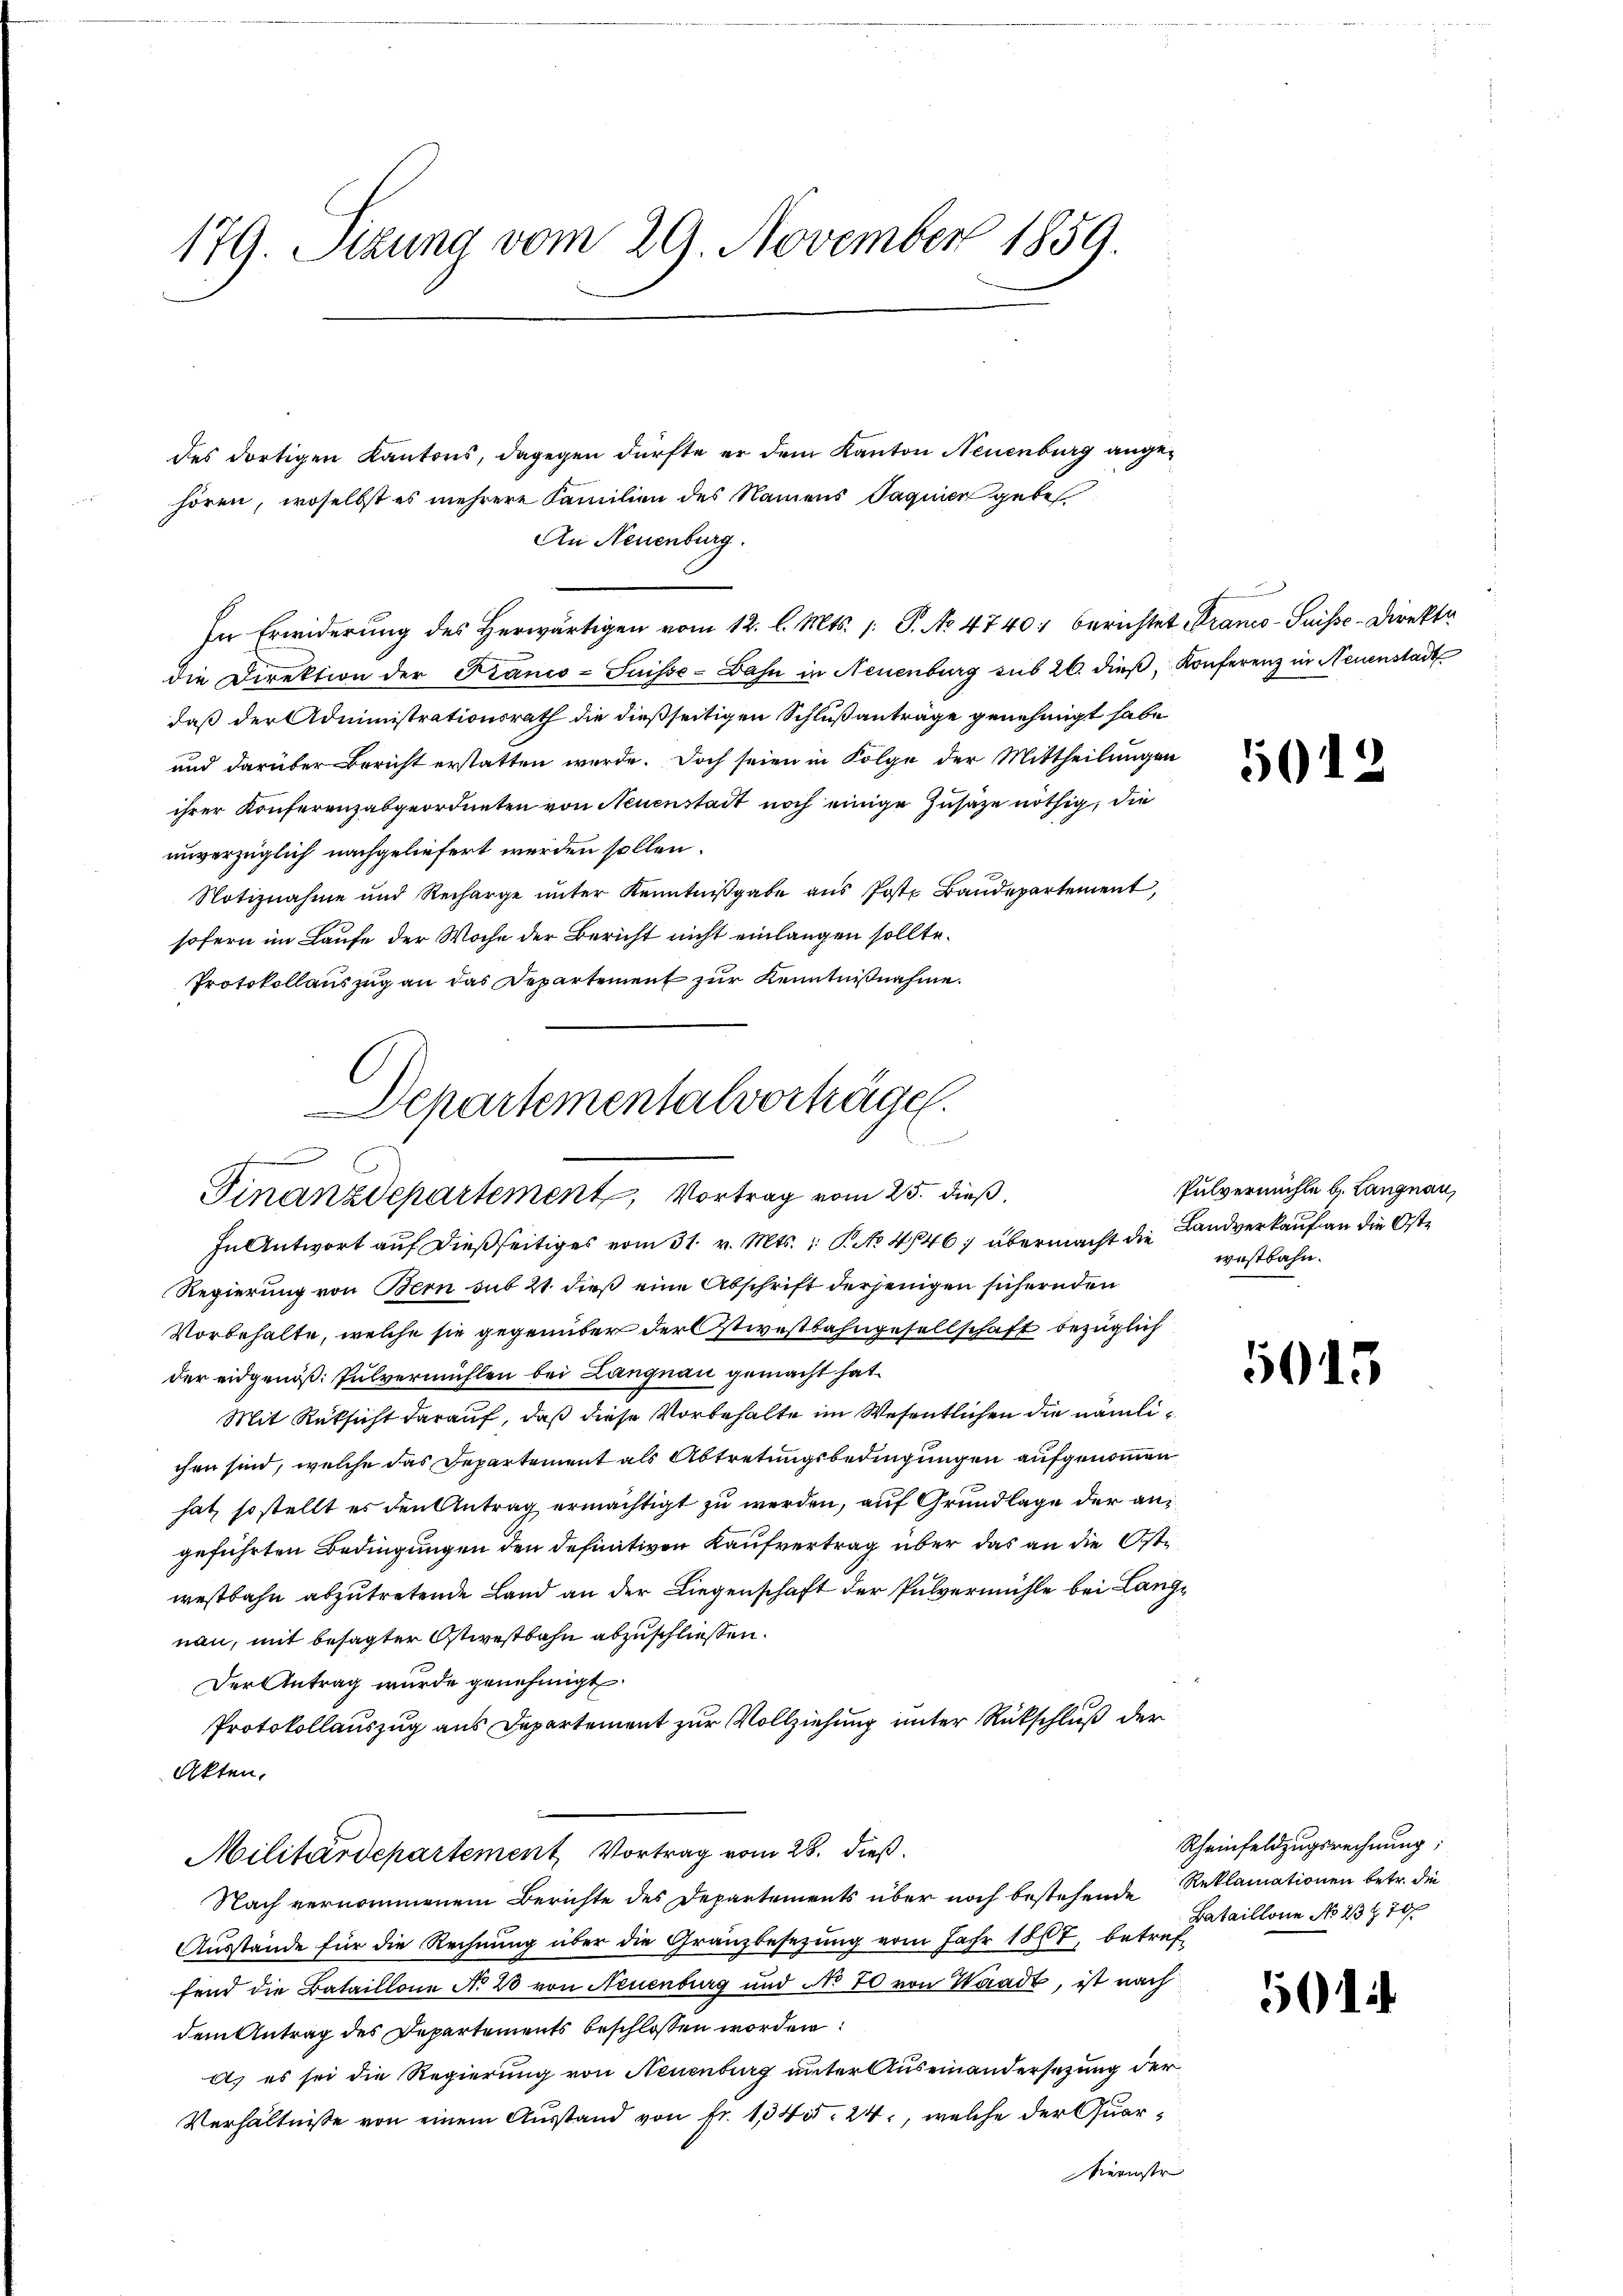
179. Sizung vom 29. November 1859.

des dortigen Kantons, dagegen dürfte er dem Kanton Neuenburg angehören, woselbst es mehrere Familien des Namens Saguier gebe
An Neuenburg.
In Erwiderung des herwärtigen vom 12. l. Mts. /: P. No 4740. berichtet Krano-Suisse-Direkti
die Direktion der Franco-Suisse-Bahn in Neuenburg sub 26. dieβ, Konferenz in Neuenstadt
daß der Administrationsrath die dießseitigen Schlußanträge genehmigt habe
und darüber Bericht erstatten wurde. Doch seien in Folge der Mittheilungen
ihrer Konferenzabgeordneten von Neuenstadt noch einige Zusatze nöthig, die
unverzüglich nachgeliefert werden sollen.
Notiznahme und Recharge unter Kenntniβgabe ans Post. Baŭdepartement,
sofern im Laufe der Woche der Bericht nicht einlangen sollte.
Protokollauszug an das Departement zur Kenntnißnahme.
In Antwort auf dießseitiges vom 31. v. Mts.: P. No 4846; übermacht die Landverkauf an die Oste
Regierung von Bern sub 21. dieß eine Abschrift derjenigen sichernden
Vorbehalte, welche sie gegenüber der stiestbahngesellschaft bezüglich
der eidgenöß: Pulvermühlen bei Langnau gemacht hat.
Mit Rüksicht darauf, daß diese Vorbehalte im Wesentlichen die nämlichen sind, welche das Departement als Abtretungsbedingungen aufgenommen
hat, so stellt es den Antrag ermächtigt zu werden, auf Grundlage der angeführten Bedingungen den definitiven Kaufvertrag über das an die Ostwestbahn abzutretende Land an der Liegenschaft der Pulvermühle bei Langnau, mit besagter Ostwestbahn abzuschliessen.
Der Antrag wurde genehmigt
Protokollauszug aus Departement zur Vollziehung unter Rückschluß der
Akten.
Militärdepartement Vortrag vom 28. dieß.
Nach vernommenem Berichte des Departements über noch bestehende Reklamationen betr. die
Ausstände für die Rechnung über die Granzbesezung vom Jahr 1867, betref-
find die Bataillone No 28 von Neuenburg und No 70 von Waadt, ist nach
dem Antrag des Departements beschlossen worden:
a. es sei die Regierung von Neuenburg unter Auseinandersetzung der
Verhältnisse von einem Ausstand von fr. 134. 24, welche der Quar¬
Siernste |

Departementalvorträge.
Finanzdepartement, Vortrag vom 25. dieß

5012

Pulvermühle b. Langnau,
westbahn.

5015

5

i

Rheinfeldzugsrechnung;
Bataillone No 237 70f